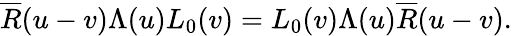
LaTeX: \overline{{R}}(u-v)\Lambda(u)L_{0}(v)=L_{0}(v)\Lambda(u)\overline{{R}}(u-v).